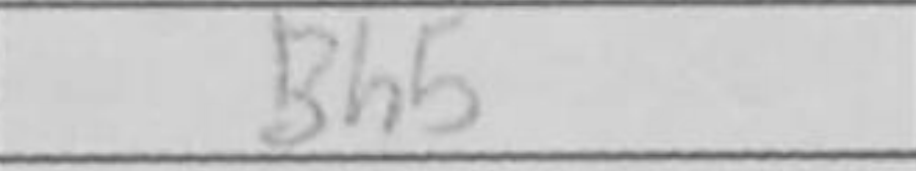
Transcription: Bh5